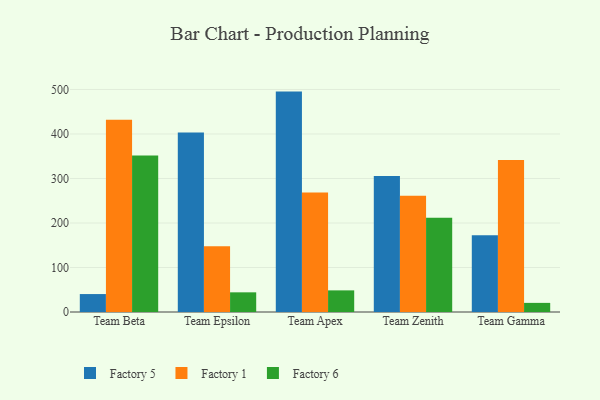
{"axis": {"x": "Team", "y": "Churn Rate (%)"}, "legend": ["Factory 1", "Factory 5", "Factory 6"], "data": [{"x": "Team Beta", "y": 40.3, "type": "Factory 5"}, {"x": "Team Beta", "y": 431.7, "type": "Factory 1"}, {"x": "Team Beta", "y": 351.6, "type": "Factory 6"}, {"x": "Team Epsilon", "y": 403.2, "type": "Factory 5"}, {"x": "Team Epsilon", "y": 147.8, "type": "Factory 1"}, {"x": "Team Epsilon", "y": 44.2, "type": "Factory 6"}, {"x": "Team Apex", "y": 495.2, "type": "Factory 5"}, {"x": "Team Apex", "y": 268.6, "type": "Factory 1"}, {"x": "Team Apex", "y": 48.6, "type": "Factory 6"}, {"x": "Team Zenith", "y": 305.7, "type": "Factory 5"}, {"x": "Team Zenith", "y": 261.4, "type": "Factory 1"}, {"x": "Team Zenith", "y": 211.6, "type": "Factory 6"}, {"x": "Team Gamma", "y": 172.4, "type": "Factory 5"}, {"x": "Team Gamma", "y": 341.6, "type": "Factory 1"}, {"x": "Team Gamma", "y": 20.5, "type": "Factory 6"}]}